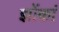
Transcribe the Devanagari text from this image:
झोंकां